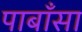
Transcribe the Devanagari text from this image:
पाबाँसा